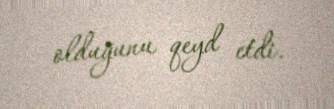
olduğunu qeyd etdi.